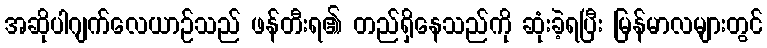
အဆိုပါဂျက်လေယာဉ်သည် ဖန်တီးရ၏ တည်ရှိနေသည်ကို ဆုံးခဲ့ရပြီး မြန်မာလများတွင်